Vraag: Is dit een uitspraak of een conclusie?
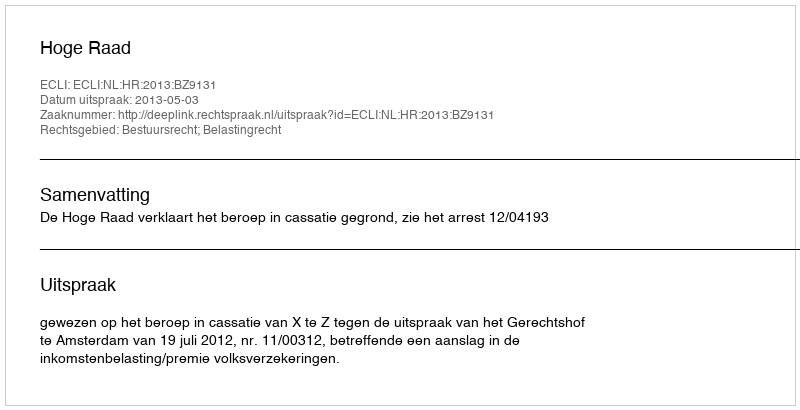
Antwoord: Uitspraak